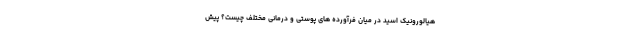
هیالورونیک اسید در میان فرآورده های پوستی و درمانی مختلف چیست؟ پیش